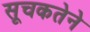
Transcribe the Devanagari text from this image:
सूचकतेने